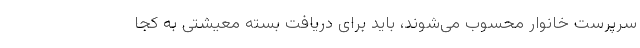
سرپرست خانوار محسوب می‌شوند، باید برای دریافت بسته معیشتی به کجا